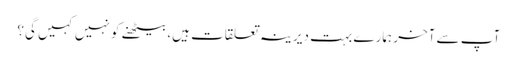
آپ سے آخر ہمارے بہت دیرینہ تعلقات ہیں، بیٹھنے کو نہیں کہیں گی؟